Annual report of the Imperial Bacteriologist
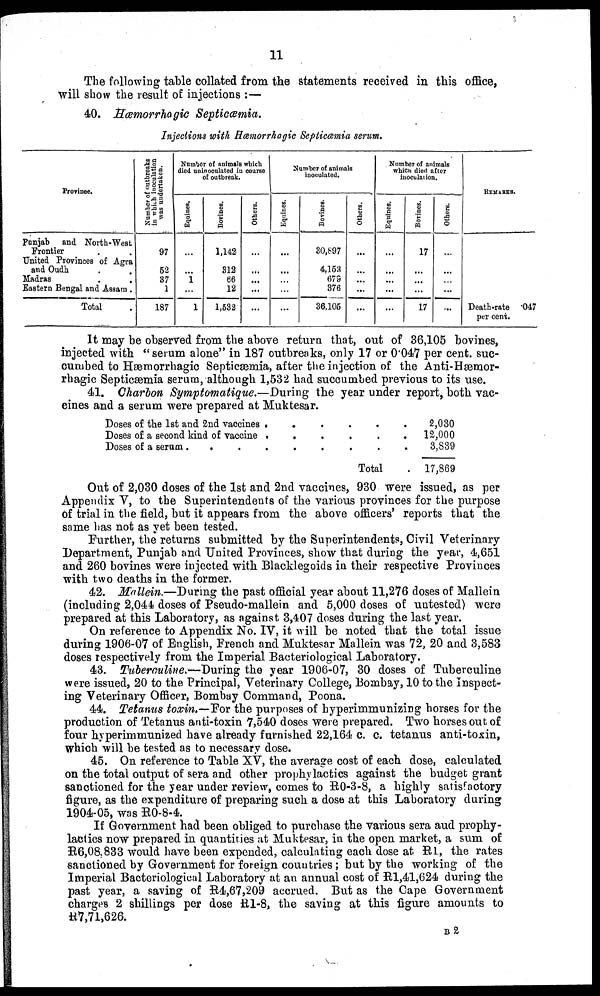
11
The following table collated from the statements received in this office,
will show the result of injections :—
40. Hæmorrhagic Septicæmia.
Injections with Hæmorrhagic Septicæmia serum.
Province.
Punjab and North-West
Frontier
.
.
United Provinces of Agra
and Oudh . .
Madras . .
Eastern Bengal and Assam .
Total .
Number of outbreaks
in which inoculation
was undertaken.
97
52
37
1
187
Number of animals which
died uninoculated in course
of outbreak.
Equines.
...
... 1
...
1
Bovines.
1,142
312
66
12
1,532
Others.
...
...
...
...
...
Number of animals
inoculated.
Equines.
...
...
...
...
...
Bovines.
30,897
4,153
679
376
36,105
Others.
...
...
...
...
Number of animals
which died after
inoculation.
Equines.
...
...
...
...
...
Bovines.
17
...
...
...
17
Others.
...
...
...
...
...
REMARKS.
Death-rate .047
per cent.
It may be observed from the above return that, out of 36,105 bovines,
injected with "serum alone" in 187 outbreaks, only 17 or 0.047 per cent. suc-
cumbed to Hæmorrhagic Septicæmia, after the injection of the Anti-Hæmor-
rhagic Septicæmia serum, although 1,532 had succumbed previous to its use.
41. Charbon Symptomatique.—During the year under report, both vac-
cines and a serum were prepared at Muktesar.
Doses of the 1st and 2nd vaccines
Doses of a second kind of vaccine
Doses of a serum .
. .
.
.
.
.
.
.
.
.
.
.
.
.
.
.
.
Total
.
.
.
.
2,030
12,000
3,839
17,869
Out of 2,030 doses of the 1st and 2nd vaccines, 930 were issued, as per
Appendix V, to the Superintendents of the various provinces for the purpose
of trial in the field, but it appears from the above officers' reports that the
same has not as yet been tested.
Further, the returns submitted by the Superintendents, Civil Veterinary
Department, Punjab and United Provinces, show that during the year, 4,651
and 260 bovines were injected with Blacklegoids in their respective Provinces
with two deaths in the former.
42. Mallein.—During the past official year about 11,276 doses of Mallein
(including 2,044 doses of Pseudo-mallein and 5,000 doses of untested) were
prepared at this Laboratory, as against 3,407 doses during the last year.
On reference to Appendix No. IV, it will be noted that the total issue
during 1906-07 of English, French and Muktesar Mallein was 72, 20 and 3,583
doses respectively from the Imperial Bacteriological Laboratory.
43. Tuberculine.—During the year 1906-07, 30 doses of Tuberculine
were issued, 20 to the Principal, Veterinary College, Bombay, 10 to the Inspect-
ing Veterinary Officer, Bombay Command, Poona.
44. Tetanus toxin.—For the purposes of hyperimmunizing horses for the
production of Tetanus anti-toxin 7,540 doses Were prepared. Two horses out of
four hyperimmunized have already furnished 22,164 c. c. tetanus anti-toxin,
which will be tested as to necessary dose.
45. On reference to Table XV, the average cost of each dose, calculated
on the total output of sera and other prophylactics against the budget grant
sanctioned for the year under review, comes to R0-3-8, a highly satisfactory
figure, as the expenditure of preparing such a dose at this Laboratory during
1904-05, was R0-8-4.
If Government had been obliged to purchase the various sera aud prophy-
lactics now prepared in quantities at Muktesar, in the open market, a sum of
R6,08,833 would have been expended, calculating each dose at R1, the rates
sanctioned by Government for foreign countries ; but by the working of the
Imperial Bacteriological Laboratory at an annual cost of R1,41,624 during the
past year, a saving of R4,67,209 accrued. But as the Cape Government
charges 2 shillings per dose R1-8, the saving at this figure amounts to
R7,71,626.
B 2